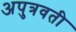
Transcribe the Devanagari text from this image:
अपुत्रवती